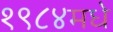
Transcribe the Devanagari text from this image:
१९८४मधे